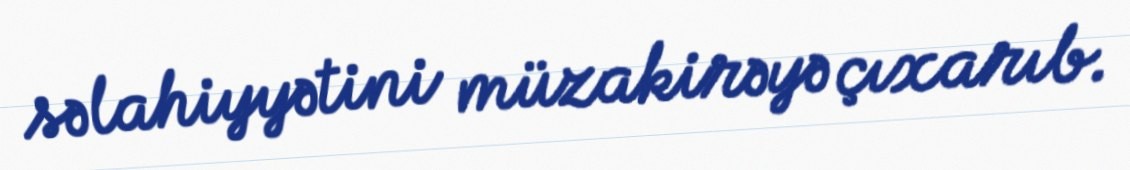
səlahiyyətini müzakirəyə çıxarıb.